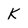
Character: K